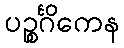
ပဉ္စင်္ဂိကေန